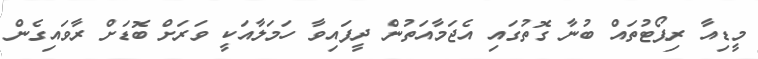
މީޑިއާ ރިޕޯޓުތައް ބުނާ ގޮތުގައި އެޖަމާއަތުން ދީފައިވާ ހަމަލާއަކީ ވަރަށް ބޮޑަށް ރާވައިގެން